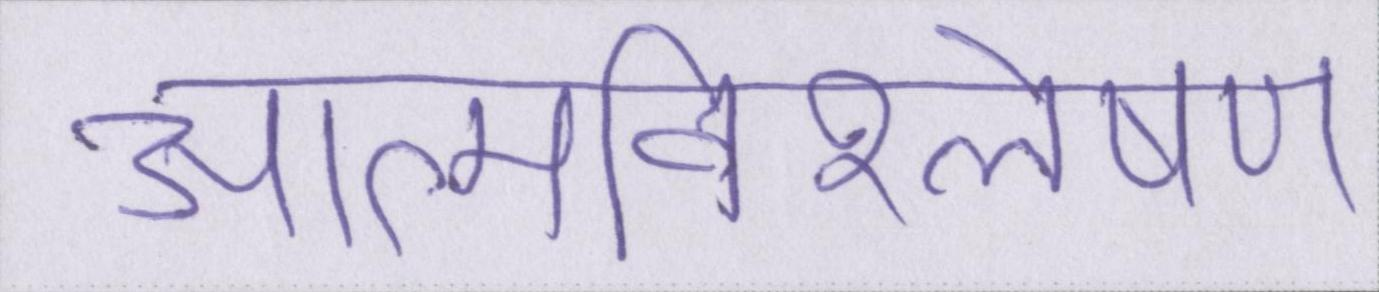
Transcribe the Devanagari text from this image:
आत्मविश्लेषण